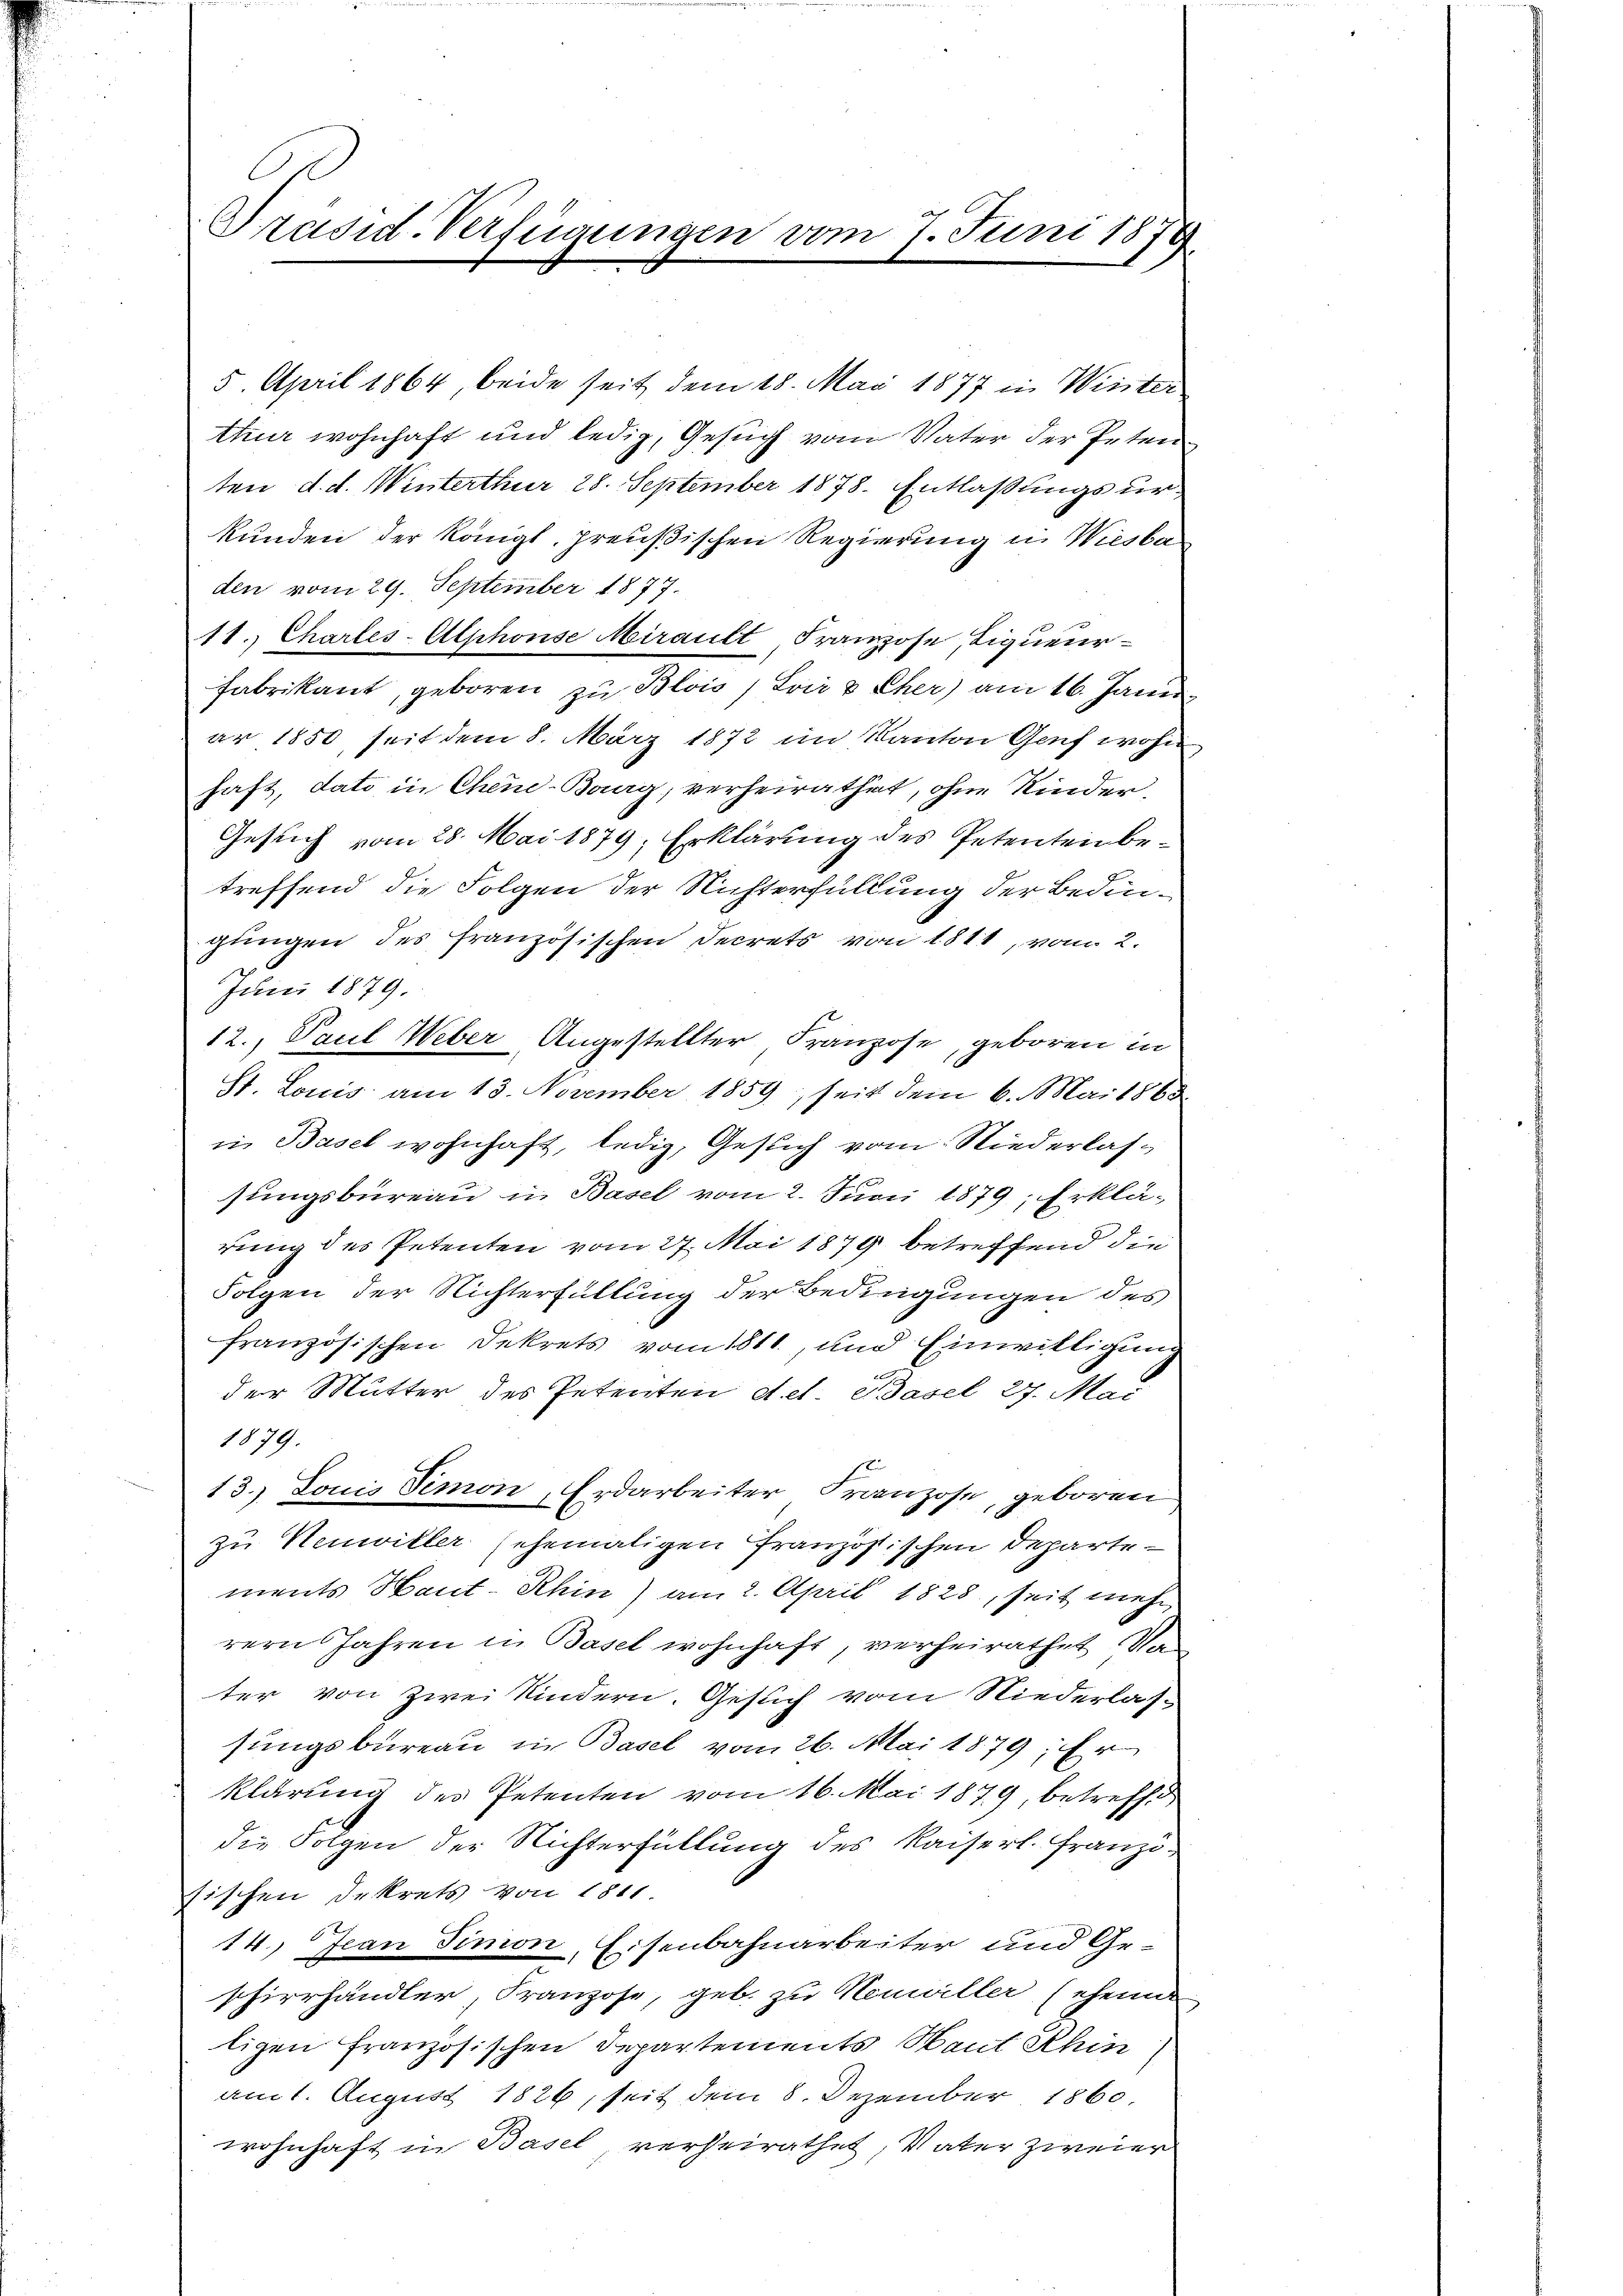
Präsid. Verfügungen vom 7. Juni 18
.

5. April 1864, beide seit dem 18. Mai 1877 in Winter
thur wohnhaft und ledig, Gesuch vom Vater der Peten
ten d. d. Winterthur 28. September 1878. Entlaßungsurkunden der Königl, preußischen Regierung in Wiesba
den vom 29. September 1877.
11. Chartes-Alphonse Mirault, Franzose, Liqueur¬
Fabrikant, geboren zu Blois, Loie & Eher) am 16. Janu
ar 1850, seit dem 8. März 1872 im Kanton Genf wohn
haft, dato in Chen-Burg, verheirathet, ohne Kinder,
Gesuch vom 28. Mai 1879; Erklärung des Petenten betreffend die Folgen der Nichterfüllung der Bedingungen des französischen Secrets von 1811, vom 2.
Juni 1879.
12., Paul Weber Angestellter Franzose, geboren in
St. Louis am 13. November 1859, seit dem 6. Mai 1868
in Basel wohnhaft, ledig, Gesuch vom Niederlas¬
2
sungsbureau in Basel vom 2. Juni 1879; Erklärung des Petenten vom 27. Mai 1879 betreffend die
Folgen der Nichterfüllung der Bedingungen des
französischen Dekrets vom 1811., und Einwilligung
der Mutter des Petenten Act. Basel 27. Mai
1879.
13.) Louis Simon, Erdarbeiter Franzose, geboren
zu Neuwiller (ehemaligen Französischen Departe
ments Haut-Rhin) am 2. April 1828, seit mehr
rern Jahren in Basel wohnhaft, verheirathet, Va
ter von zwei Kindern. Gesuch vom Niederlas-
sungsbureau in Basel vom 26. Mai 1879; Er
klärung des Petenten vom 16. Mai 1879, betreffe
die Folgen der Nichterfüllung des Kaiserl. Franzisischen Dekrets von 1811
14.) Jean Simon, Eisenbahnarbeiter und Ge-
schierhändler, Franzose, geb. zu Neuviller (ehen
ligen Französischen Departements Maut Khin
am 1. August 1826, seit dem 8. Dezember 1860
wohnhaft in Basel, verheirathet, Vater zweier